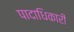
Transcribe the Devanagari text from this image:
पादाधिकारी